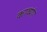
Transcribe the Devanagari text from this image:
काव्यांग